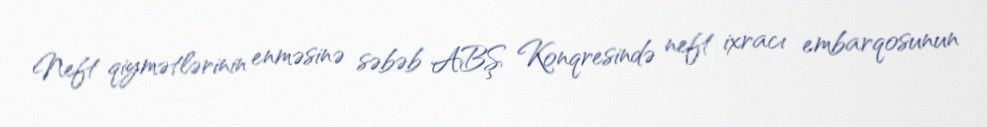
Neft qiymətlərinin enməsinə səbəb ABŞ Konqresində neft ixracı embarqosunun